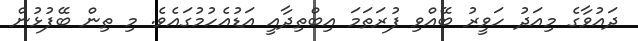
ދައުވާގެ މިއަދު ހަވީރު ބޭއްވި ފުރަތަމަ އިބްތިދާއީ އަޑުއެހުމުގައެވެ. މި ތިން ބޭފުޅުން